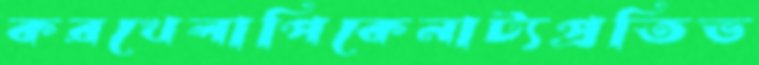
করখেলাপিকেনাট্যপ্রতিভ